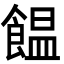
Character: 饂